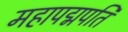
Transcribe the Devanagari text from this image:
महापद्मपति